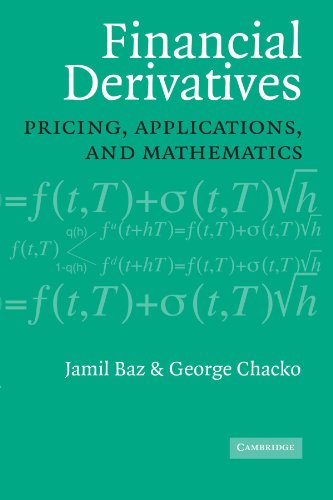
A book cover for Financial Derivatives: Pricing, Applications, and Mathematics; Jamil Baz; Business & Money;